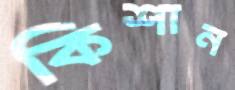
কিশান